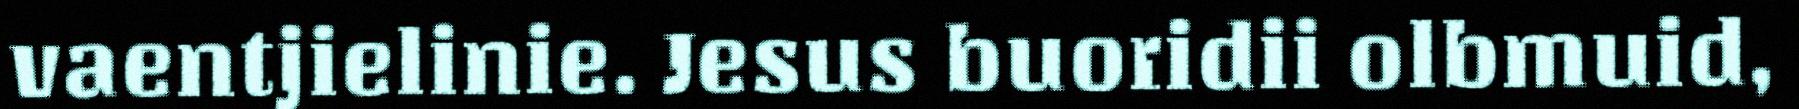
vaentjielinie. Jesus buoridii olbmuid,